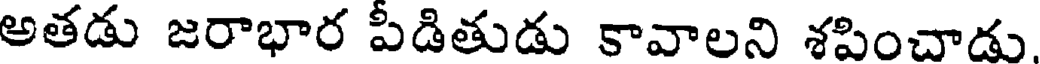
అతడు జరాభార పీడితుడు కావాలని శపించాడు